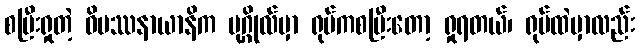
စပြီးရှုတဲ့ ဝိပဿနာယာနိက ပုဂ္ဂိုလ်မှာ ရုပ်ကစပြီးတော့ ရှုရတယ်၊ ရုပ်ထဲမှာလည်း